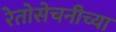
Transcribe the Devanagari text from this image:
रेतोसेचनीच्या